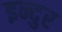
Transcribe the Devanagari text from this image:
इन्दुर